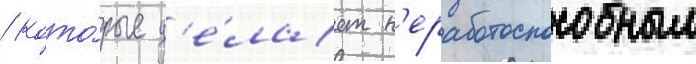
/ кото́рые д'е́лает н'еработоспособным